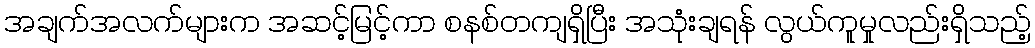
အချက်အလက်များက အဆင့်မြင့်ကာ စနစ်တကျရှိပြီး အသုံးချရန် လွယ်ကူမှုလည်းရှိသည့်